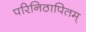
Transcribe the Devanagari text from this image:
परिनिठापितम्